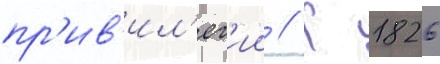
пр'ив'ил'ег'ии // К 1826